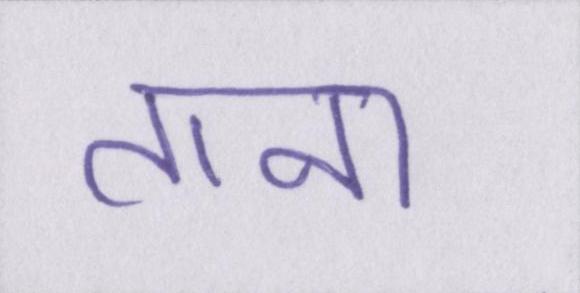
ताना